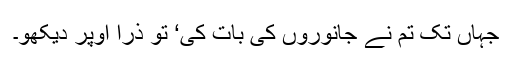
جہاں تک تم نے جانوروں کی بات کی‘ تو ذرا اوپر دیکھو۔